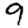
Digit: 9